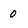
Character: 0